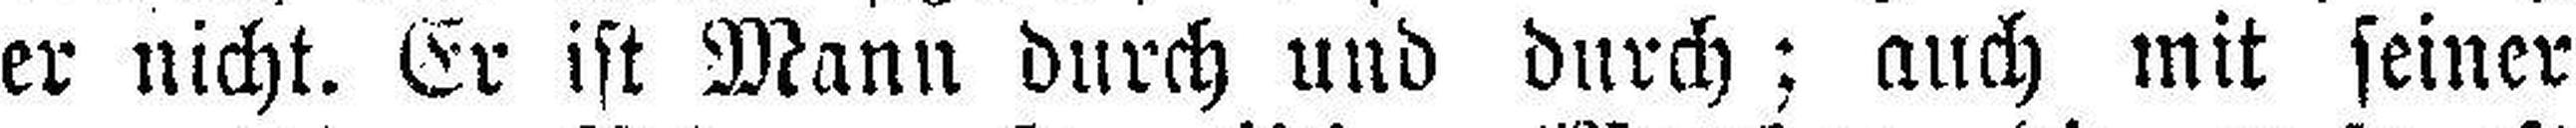
er nicht. Er ist Mann durch und durch; auch mit seiner